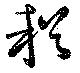
賴